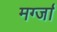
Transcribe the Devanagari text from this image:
मर्ग्जा